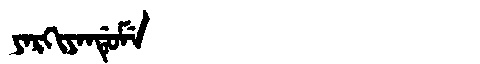
Manchu: ᠶᠠᡵᡴᡳᠶᠠᠨᡩᡠᠮᡝ
Romanization: YARKIYANDUME